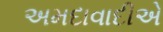
અમદાવાદીએ